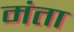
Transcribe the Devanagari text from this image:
मंता